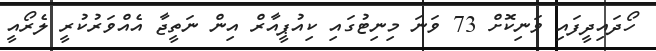
ހޯދައިދީފައި ވަނިކޮށް 73 ވަނަ މިނިޓުގައި ކިއުޕީއާރް އިން ނަތީޖާ އެއްވަރުކުރީ ލެރޯއީ